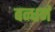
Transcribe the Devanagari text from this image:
बन्धनं